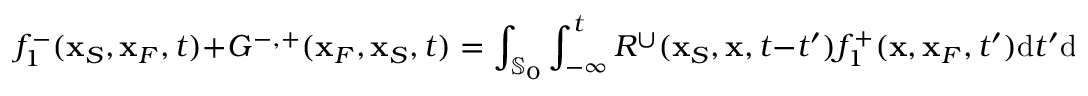
f _ { 1 } ^ { - } ( { \bf x } _ { S } , { \bf x } _ { F } , t ) + G ^ { - , + } ( { \bf x } _ { F } , { \bf x } _ { S } , t ) = \int _ { { \mathbb { S } _ { 0 } } } \int _ { - \infty } ^ { t } R ^ { \cup } ( { \bf x } _ { S } , { \bf x } , t - t ^ { \prime } ) f _ { 1 } ^ { + } ( { \bf x } , { \bf x } _ { F } , t ^ { \prime } ) \mathrm { d } t ^ { \prime } \mathrm { d } { \bf x } ,